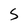
Character: S